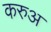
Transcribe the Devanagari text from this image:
करुअ